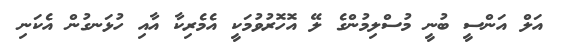
އަލް އަންސީ ބުނީ މުސްލިމުންގެ ލޭ އޮހޮރުވުމަކީ އެމެރިކާ އާއި ހުޅަނގުން އެކަނި